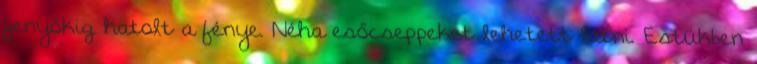
fenyőkig hatolt a fénye. Néha esőcseppeket lehetett látni. Estükben